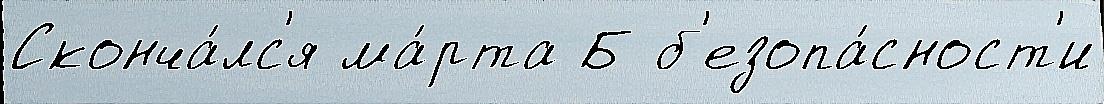
Сконча́лс'я ма́рта Б б'езопа́сност'и